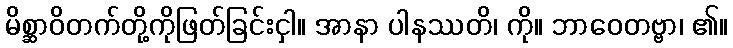
မိစ္ဆာဝိတက်တို့ကိုဖြတ်ခြင်းငှါ။ အာနာ ပါနဿတိ၊ ကို။ ဘာဝေတဗ္ဗာ၊ ၏။